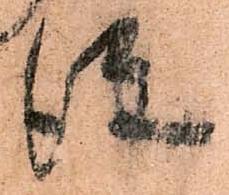
従